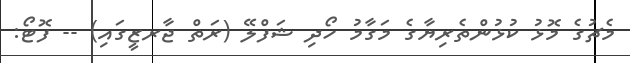
މެޗުގެ މޮޅު ކުޅުންތެރިޔާގެ މަގާމު ހޯދި ޝަފްލޭ (ރަތް ޖާރޒީގައި) -- ފޮޓޯ: